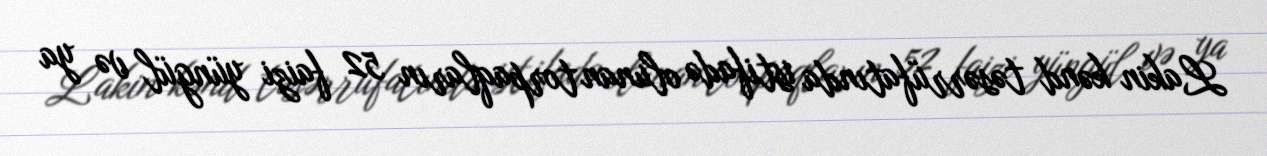
Lakin kənd təsərrüfatında istifadə olunan torpaqların 52 faizi yüngül və ya